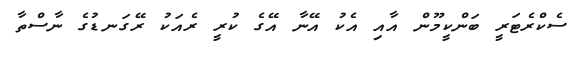
ސެކްރެޓަރީ ބަންކީމޫން އާއި އެކު އޭނާ އޭގެ ކުރީ ރެއަކު ރޭގަނޑުގެ ނާސްތާ